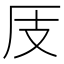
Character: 𱑜